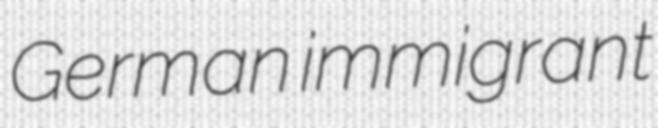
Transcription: German immigrant